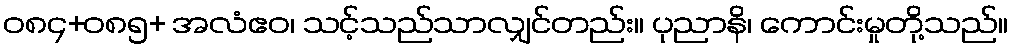
ဝ၈၄+၀၈၅+ အလံဧဝ၊ သင့်သည်သာလျှင်တည်း။ ပုညာနိ၊ ကောင်းမှုတို့သည်။